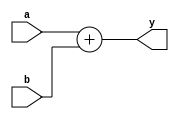
// Description of an Adder

module adder(input  [31:0] a,b,
             output [31:0] y);
  assign y=a+b;
endmodule